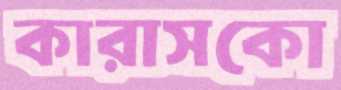
কারাসকো